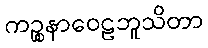
ကဉ္စနာဝေဠဘူသိတာ